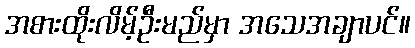
အစားထိုးလိမ့်ဦးမည်မှာ အသေအချာပင်။